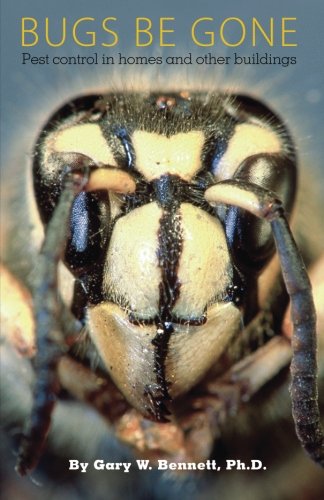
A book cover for Bugs Be Gone: Pest control in homes and other buildings; Gary W. Bennett Ph.D.; Crafts, Hobbies & Home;